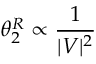
\theta _ { 2 } ^ { R } \propto \frac { 1 } { | V | ^ { 2 } }